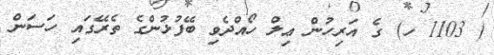
( 1103 ހ) ގެ އަރިހުން ޢިލް ހޯއްދެވި ބޭފުޅުންގެ ތެރޭގައި ހަސަން